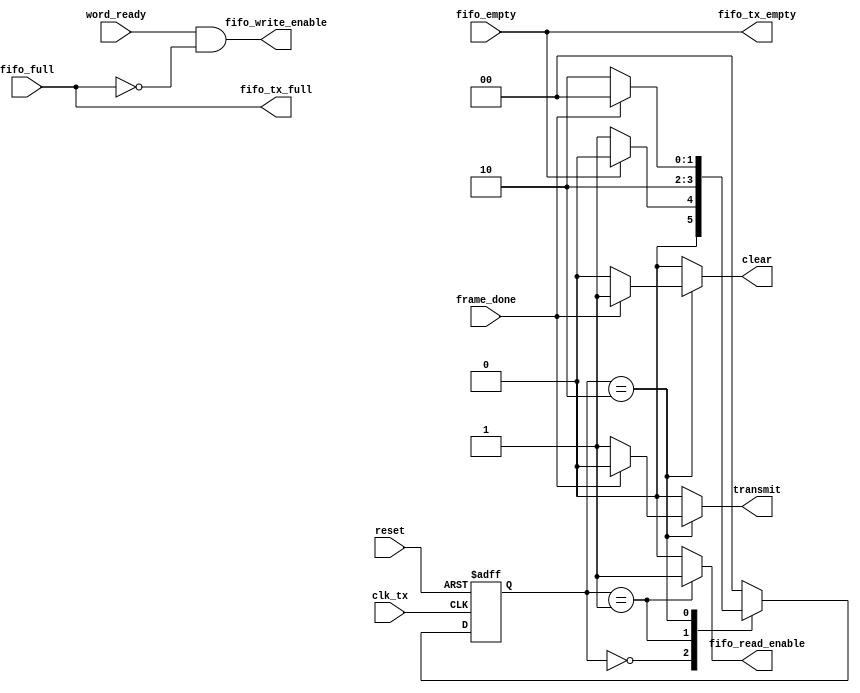
module uart_light_tx_ctrl
#(
	parameter STATE_COUNT = 2,
	parameter IDLE = 2'b00,
	parameter LOAD = 2'b01,
	parameter TRANSMITTING = 2'b10
)(
	input  wire reset,
	input  wire clk_tx,
	input  wire word_ready,
	output wire fifo_tx_full,
	output wire fifo_tx_empty,
	input  wire frame_done,
	output reg  transmit,
	output reg  clear,
	output reg  fifo_read_enable,
	input wire  fifo_full,
	input wire  fifo_empty,
	output wire fifo_write_enable
    );
	reg [STATE_COUNT-1:0] state_cur, state_next;
	assign fifo_tx_full      = fifo_full;
	assign fifo_tx_empty     = fifo_empty;
 	assign fifo_write_enable = word_ready & (~fifo_full);
	always @(*) begin
		transmit         = 1'b0;
		clear            = 1'b0;
		fifo_read_enable = 1'b0;
		state_next       = IDLE;
		case(state_cur)
			IDLE:
				if (fifo_empty == 1'b0) begin
					state_next       = LOAD;
				end
			LOAD:
				begin
					fifo_read_enable = 1'b1;
					state_next	 = TRANSMITTING;
				end
			TRANSMITTING:
				if(frame_done) begin
					clear      = 1'b1;
					state_next = IDLE;
				end
				else begin
					transmit   = 1'b1;
					state_next = TRANSMITTING;
				end
			default: state_next = IDLE;
		endcase
	end
	always @(posedge clk_tx, posedge reset) begin
		if(reset) begin
			state_cur <= IDLE;
		end
		else begin 
			state_cur <= state_next;
		end
	end
endmodule